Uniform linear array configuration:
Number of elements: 8
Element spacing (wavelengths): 0.75
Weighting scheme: cosine
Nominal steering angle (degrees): -30
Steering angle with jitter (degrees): -31.471
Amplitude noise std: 0.05
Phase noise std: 0.05

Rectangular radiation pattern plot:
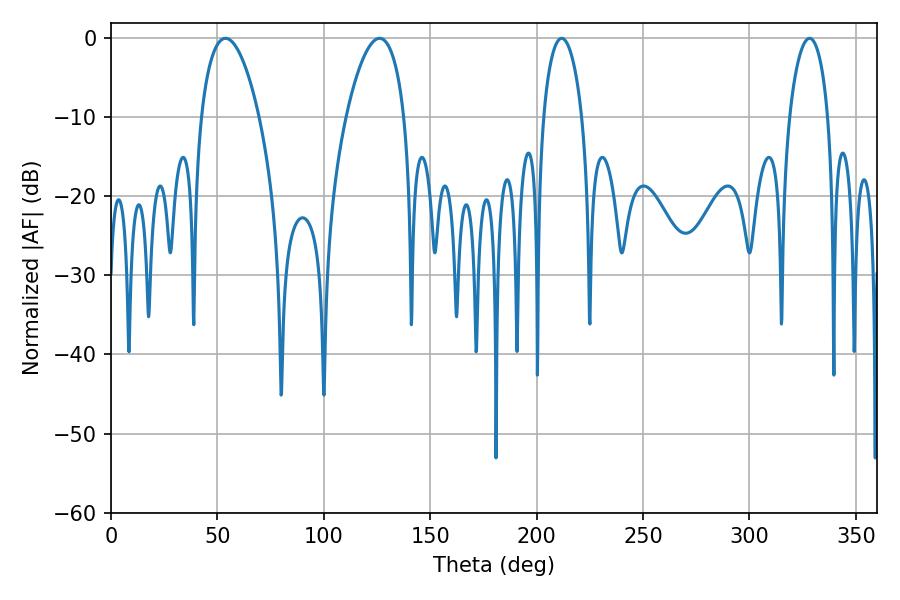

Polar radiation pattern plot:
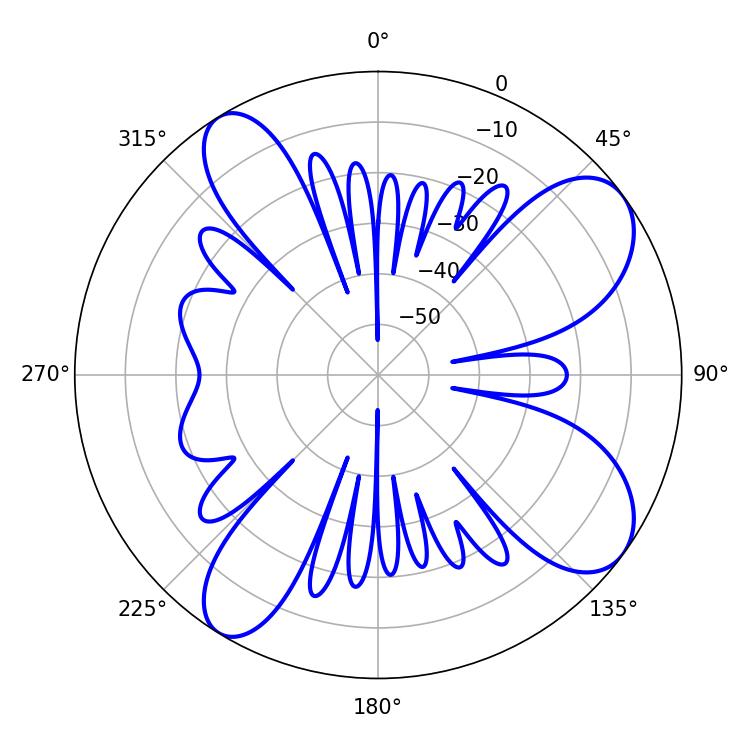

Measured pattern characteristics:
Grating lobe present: TRUE
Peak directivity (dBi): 9.052
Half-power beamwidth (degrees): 15.3
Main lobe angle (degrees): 53.82